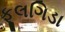
ફૂલગિડા